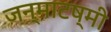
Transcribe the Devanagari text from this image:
जन्माटष्मी